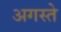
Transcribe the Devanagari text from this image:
अगस्ते